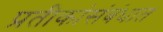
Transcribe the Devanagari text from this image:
प्रतीकांसंबंधात